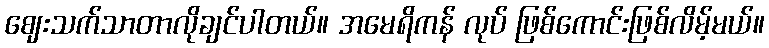
ဈေးသက်သာတာလိုချင်ပါတယ်။ အမေရိကန် လုပ် ဖြစ်ကောင်းဖြစ်လိမ့်မယ်။